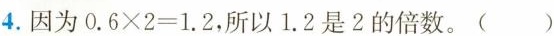
4. 因为 $$0 . 6 \times 2 = 1 . 2$$，所以1.2是2的倍数。()